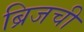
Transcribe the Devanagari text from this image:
ब्रिजची